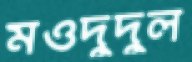
মওদুদুল